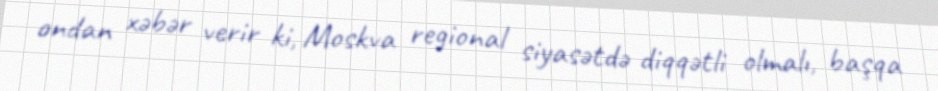
ondan xəbər verir ki, Moskva regional siyasətdə diqqətli olmalı, başqa